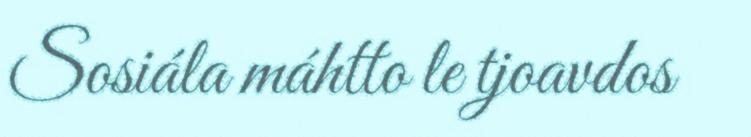
Sosiála máhtto le tjoavdos